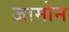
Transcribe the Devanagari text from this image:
जामोन